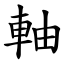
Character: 軸